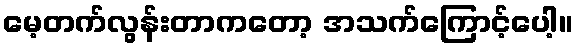
မေ့တက်လွန်းတာကတော့ အသက်ကြောင့်ပေါ့။